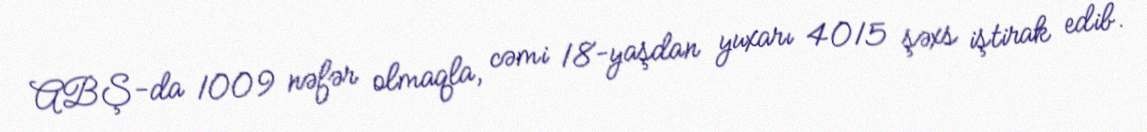
ABŞ-da 1009 nəfər olmaqla, cəmi 18-yaşdan yuxarı 4015 şəxs iştirak edib.